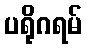
ပရိုဂရမ်